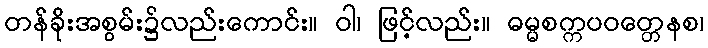
တန်ခိုးအစွမ်း၌လည်းကောင်း။ ဝါ၊ ဖြင့်လည်း။ ဓမ္မစက္ကပဝတ္တေနစ၊